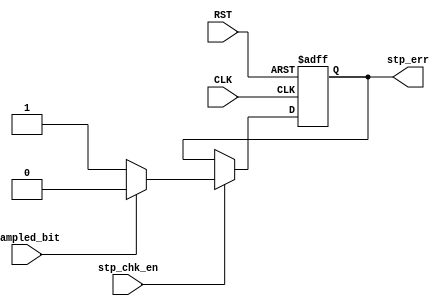
module stop_check (
input 		wire 			CLK,
input 		wire 			RST,
input 		wire 			stp_chk_en,
input 		wire 			sampled_bit,
output		reg 			stp_err
);

always @(posedge CLK or negedge RST) 
begin

	if (!RST) begin
		stp_err <= 1'b0 ;	
	end

	else if (stp_chk_en) begin
		if (sampled_bit == 1'b1) begin //no error
			stp_err <= 1'b0 ;	
		end

		else begin //error
			stp_err <= 1'b1 ;
		end
	end

end

endmodule